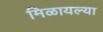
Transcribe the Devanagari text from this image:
मिळायल्या